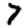
Digit: 7